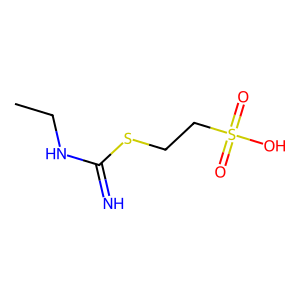
SMILES: CCNC(=N)SCCS(=O)(=O)O
Inhibits HIV replication: No